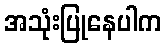
အသုံးပြုနေပါက